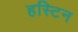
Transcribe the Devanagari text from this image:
हस्टिन